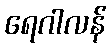
ရေဂါလန်